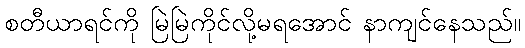
စတီယာရင်ကို မြဲမြဲကိုင်လို့မရအောင် နာကျင်နေသည်။